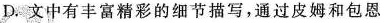
D，文中有丰富精彩的细节描写，通过皮姆和包恩